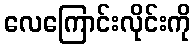
လေကြောင်းလိုင်းကို